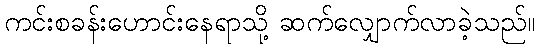
ကင်းစခန်းဟောင်းနေရာသို့ ဆက်လျှောက်လာခဲ့သည်။